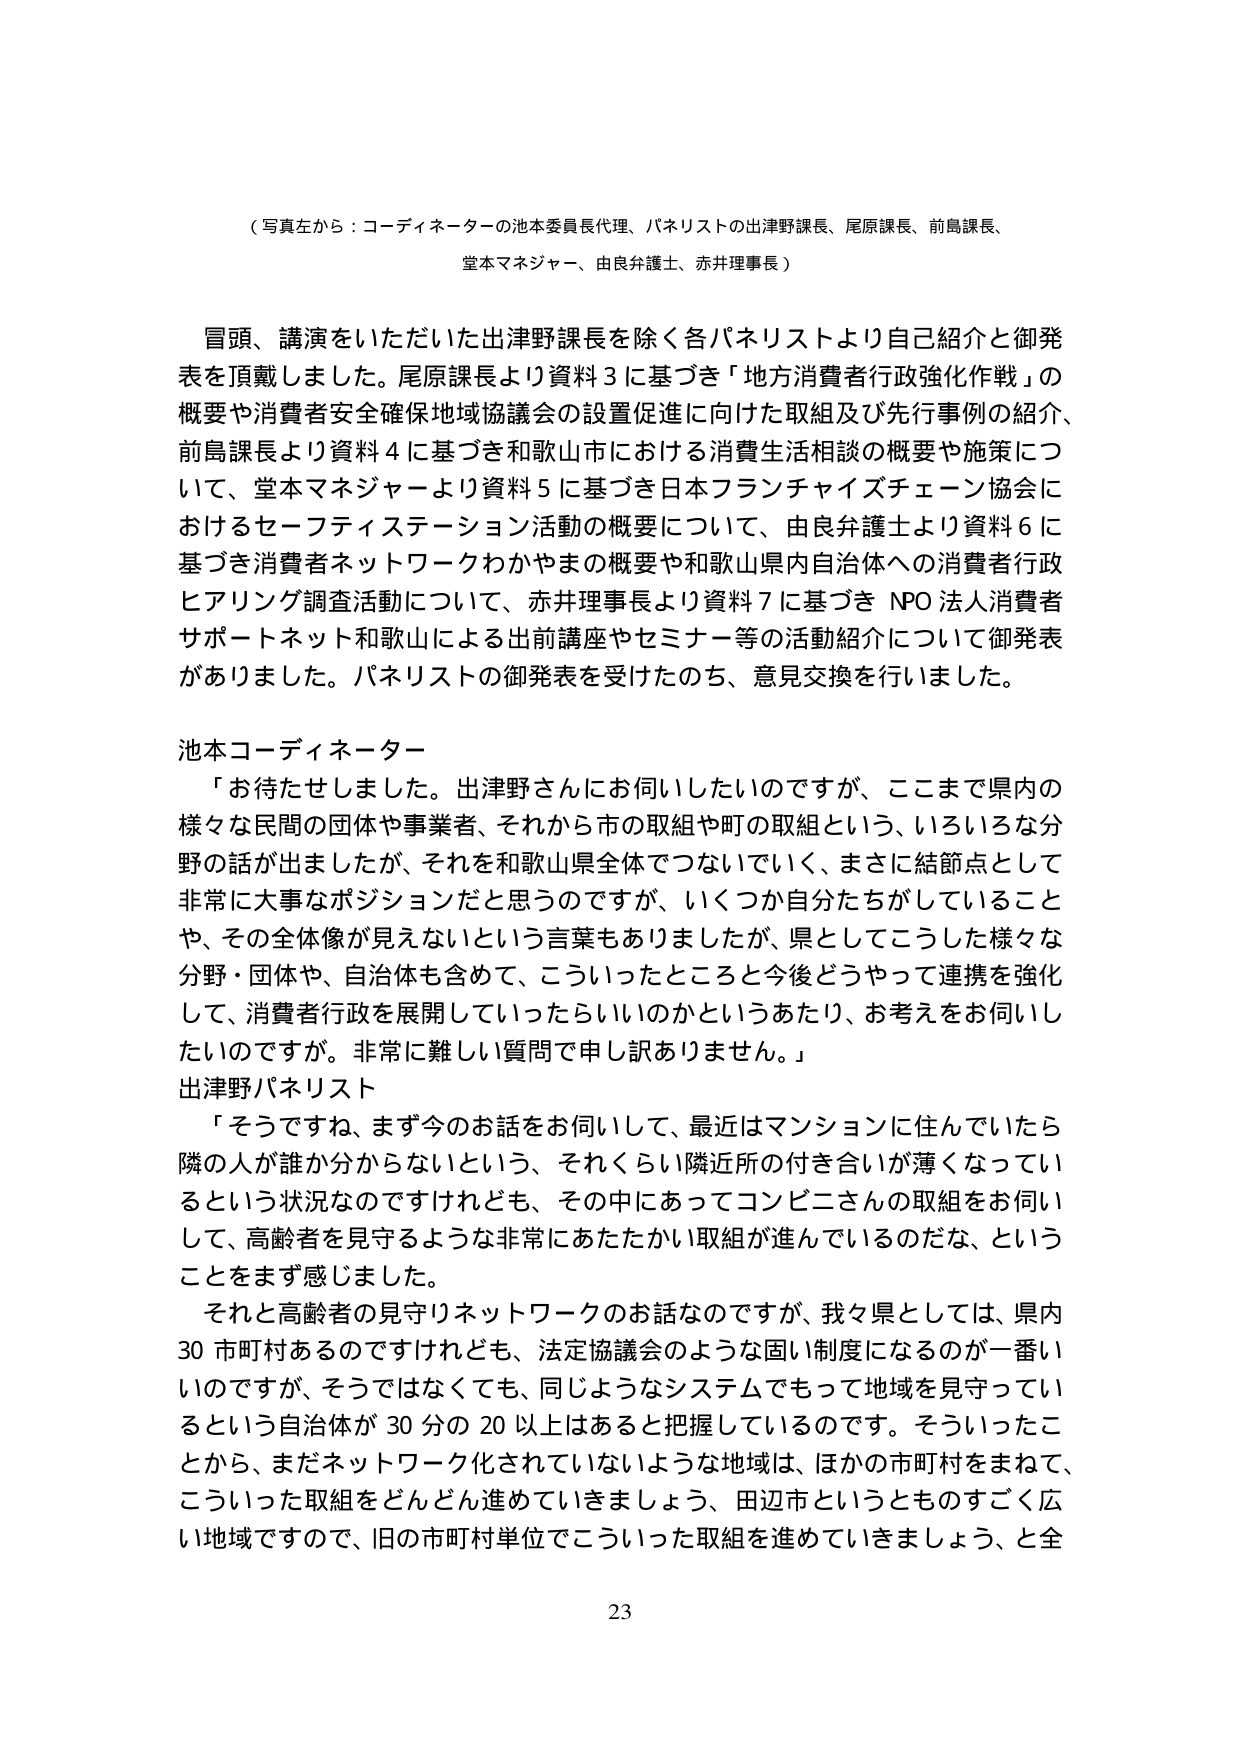
（写真左から：コーディネーターの池本委員長代理、パネリストの出津野課長、尾原課長、前島課長、
堂本マネジャー、由良弁護士、赤井理事長）

冒頭、講演をいただいた出津野課長を除く各パネリストより自己紹介と御発表を頂戴しました。尾原課長より資料３に基づき「地方消費者行政強化作戦」の概要や消費者安全確保地域協議会の設置促進に向けた取組及び先行事例の紹介、前島課長より資料４に基づき和歌山市における消費生活相談の概要や施策について、堂本マネジャーより資料５に基づき日本フランチャイズチェーン協会におけるセーフティステーション活動の概要について、由良弁護士より資料６に基づき消費者ネットワークわかやまの概要や和歌山県内自治体への消費者行政ヒアリング調査活動について、赤井理事長より資料７に基づき NPO 法人消費者サポートネット和歌山による出前講座やセミナー等の活動紹介について御発表がありました。パネリストの御発表を受けたのち、意見交換を行いました。

池本コーディネーター
「お待たせしました。出津野さんにお伺いしたいのですが、ここまで県内の様々な民間の団体や事業者、それから市の取組や町の取組という、いろいろな分野の話が出ましたが、それを和歌山県全体でつないでいく、まさに結節点として非常に大事なポジションだと思うのですが、いくつか自分たちがしていることや、その全体像が見えないという言葉もありましたが、県としてこうした様々な分野・団体や、自治体も含めて、こういったところと今後どうやって連携を強化して、消費者行政を展開していったらいいのかというあたり、お考えをお伺いしたいのですが。非常に難しい質問で申し訳ありません。」

出津野パネリスト
「そうですね、まず今のお話をお伺いして、最近はマンションに住んでいたら隣の人が誰か分からないという、それくらい隣近所の付き合いが薄くなっているという状況なのですがけれども、その中にあってコンビニさんの取組をお伺いして、高齢者を見守るような非常にあたたかい取組が進んでいるのだな、ということをまず感じました。
それと高齢者の見守りネットワークのお話なのですが、我々県としては、県内30市町村あるのですけれども、法定協議会のような固い制度になるのが一番いいのですが、そうではなくても、同じようなシステムでもって地域を見守っているという自治体が30分の20以上はあると把握しているのです。そういったことから、まだネットワーク化されていないような地域は、ほかの市町村をまねて、こういった取組をどんどん進めていきましょう、田辺市というとものすごく広い地域ですので、旧の市町村単位でこういった取組を進めていきましょう、と全

23